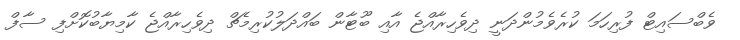
ވެބްސައިޓް ފުރިހަމަ ކުރެވެމުންދަނީ ދިވެހިރާއްޖެ އާއި ބޫޓާން ބައްދަލުކުރިމެޗް ދިވެހިރާއްޖެ ކާމިޔާބުކޮށްފި ސާފް